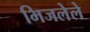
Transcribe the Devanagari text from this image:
भिजलेले